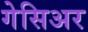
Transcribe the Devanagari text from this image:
गेसिअर